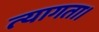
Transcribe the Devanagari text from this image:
त्‍यागता।